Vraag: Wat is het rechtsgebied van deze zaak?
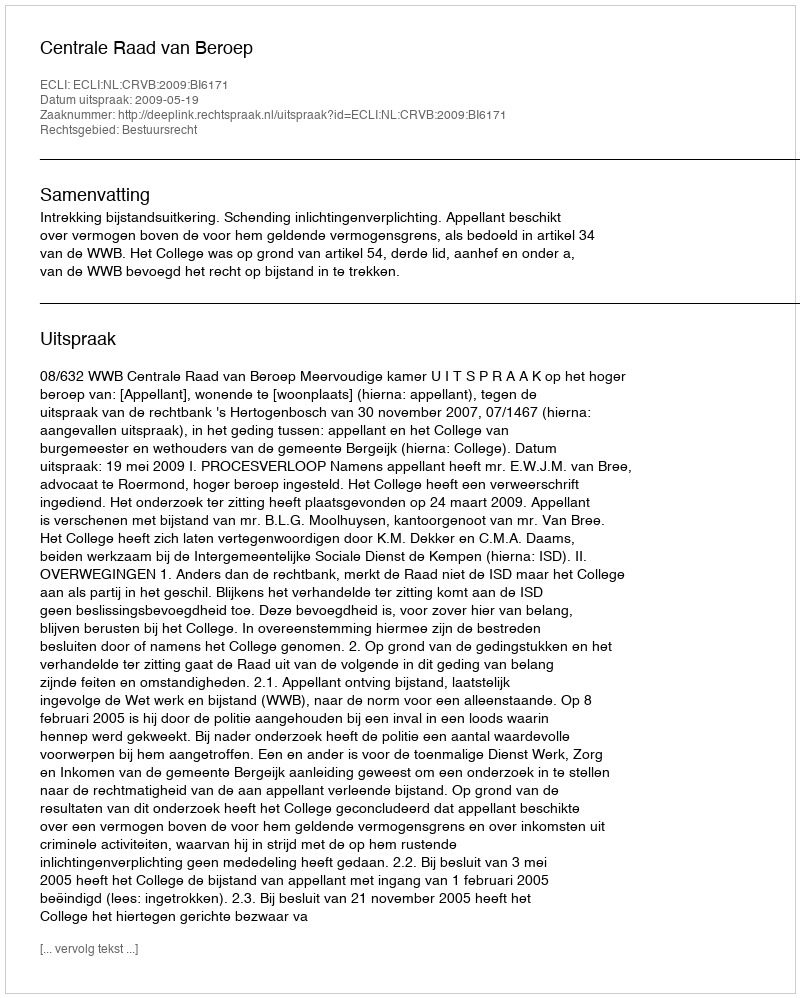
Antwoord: Bestuursrecht